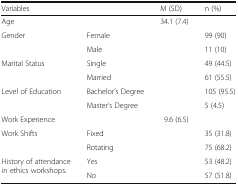
<table><thead><tr><td colspan="2"><b>Variables</b></td><td><b>M (SD)</b></td><td><b>n (%)</b></td></tr></thead><tbody><tr><td colspan="2">Age</td><td>34.1 (7.4)</td><td></td></tr><tr><td rowspan="2">Gender</td><td>Female</td><td></td><td>99 (90)</td></tr><tr><td>Male</td><td></td><td>11 (10)</td></tr><tr><td rowspan="2">Marital Status</td><td>Single</td><td></td><td>49 (44.5)</td></tr><tr><td>Married</td><td></td><td>61 (55.5)</td></tr><tr><td rowspan="2">Level of Education</td><td>Bachelor’s Degree</td><td></td><td>105 (95.5)</td></tr><tr><td>Master’s Degree</td><td></td><td>5 (4.5)</td></tr><tr><td colspan="2">Work Experience</td><td>9.6 (6.5)</td><td></td></tr><tr><td rowspan="2">Work Shifts</td><td>Fixed</td><td></td><td>35 (31.8)</td></tr><tr><td>Rotating</td><td></td><td>75 (68.2)</td></tr><tr><td rowspan="2">History of attendance in ethics workshops.</td><td>Yes</td><td></td><td>53 (48.2)</td></tr><tr><td>No</td><td></td><td>57 (51.8)</td></tr></tbody></table>